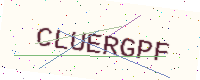
Text: CLUERGPF